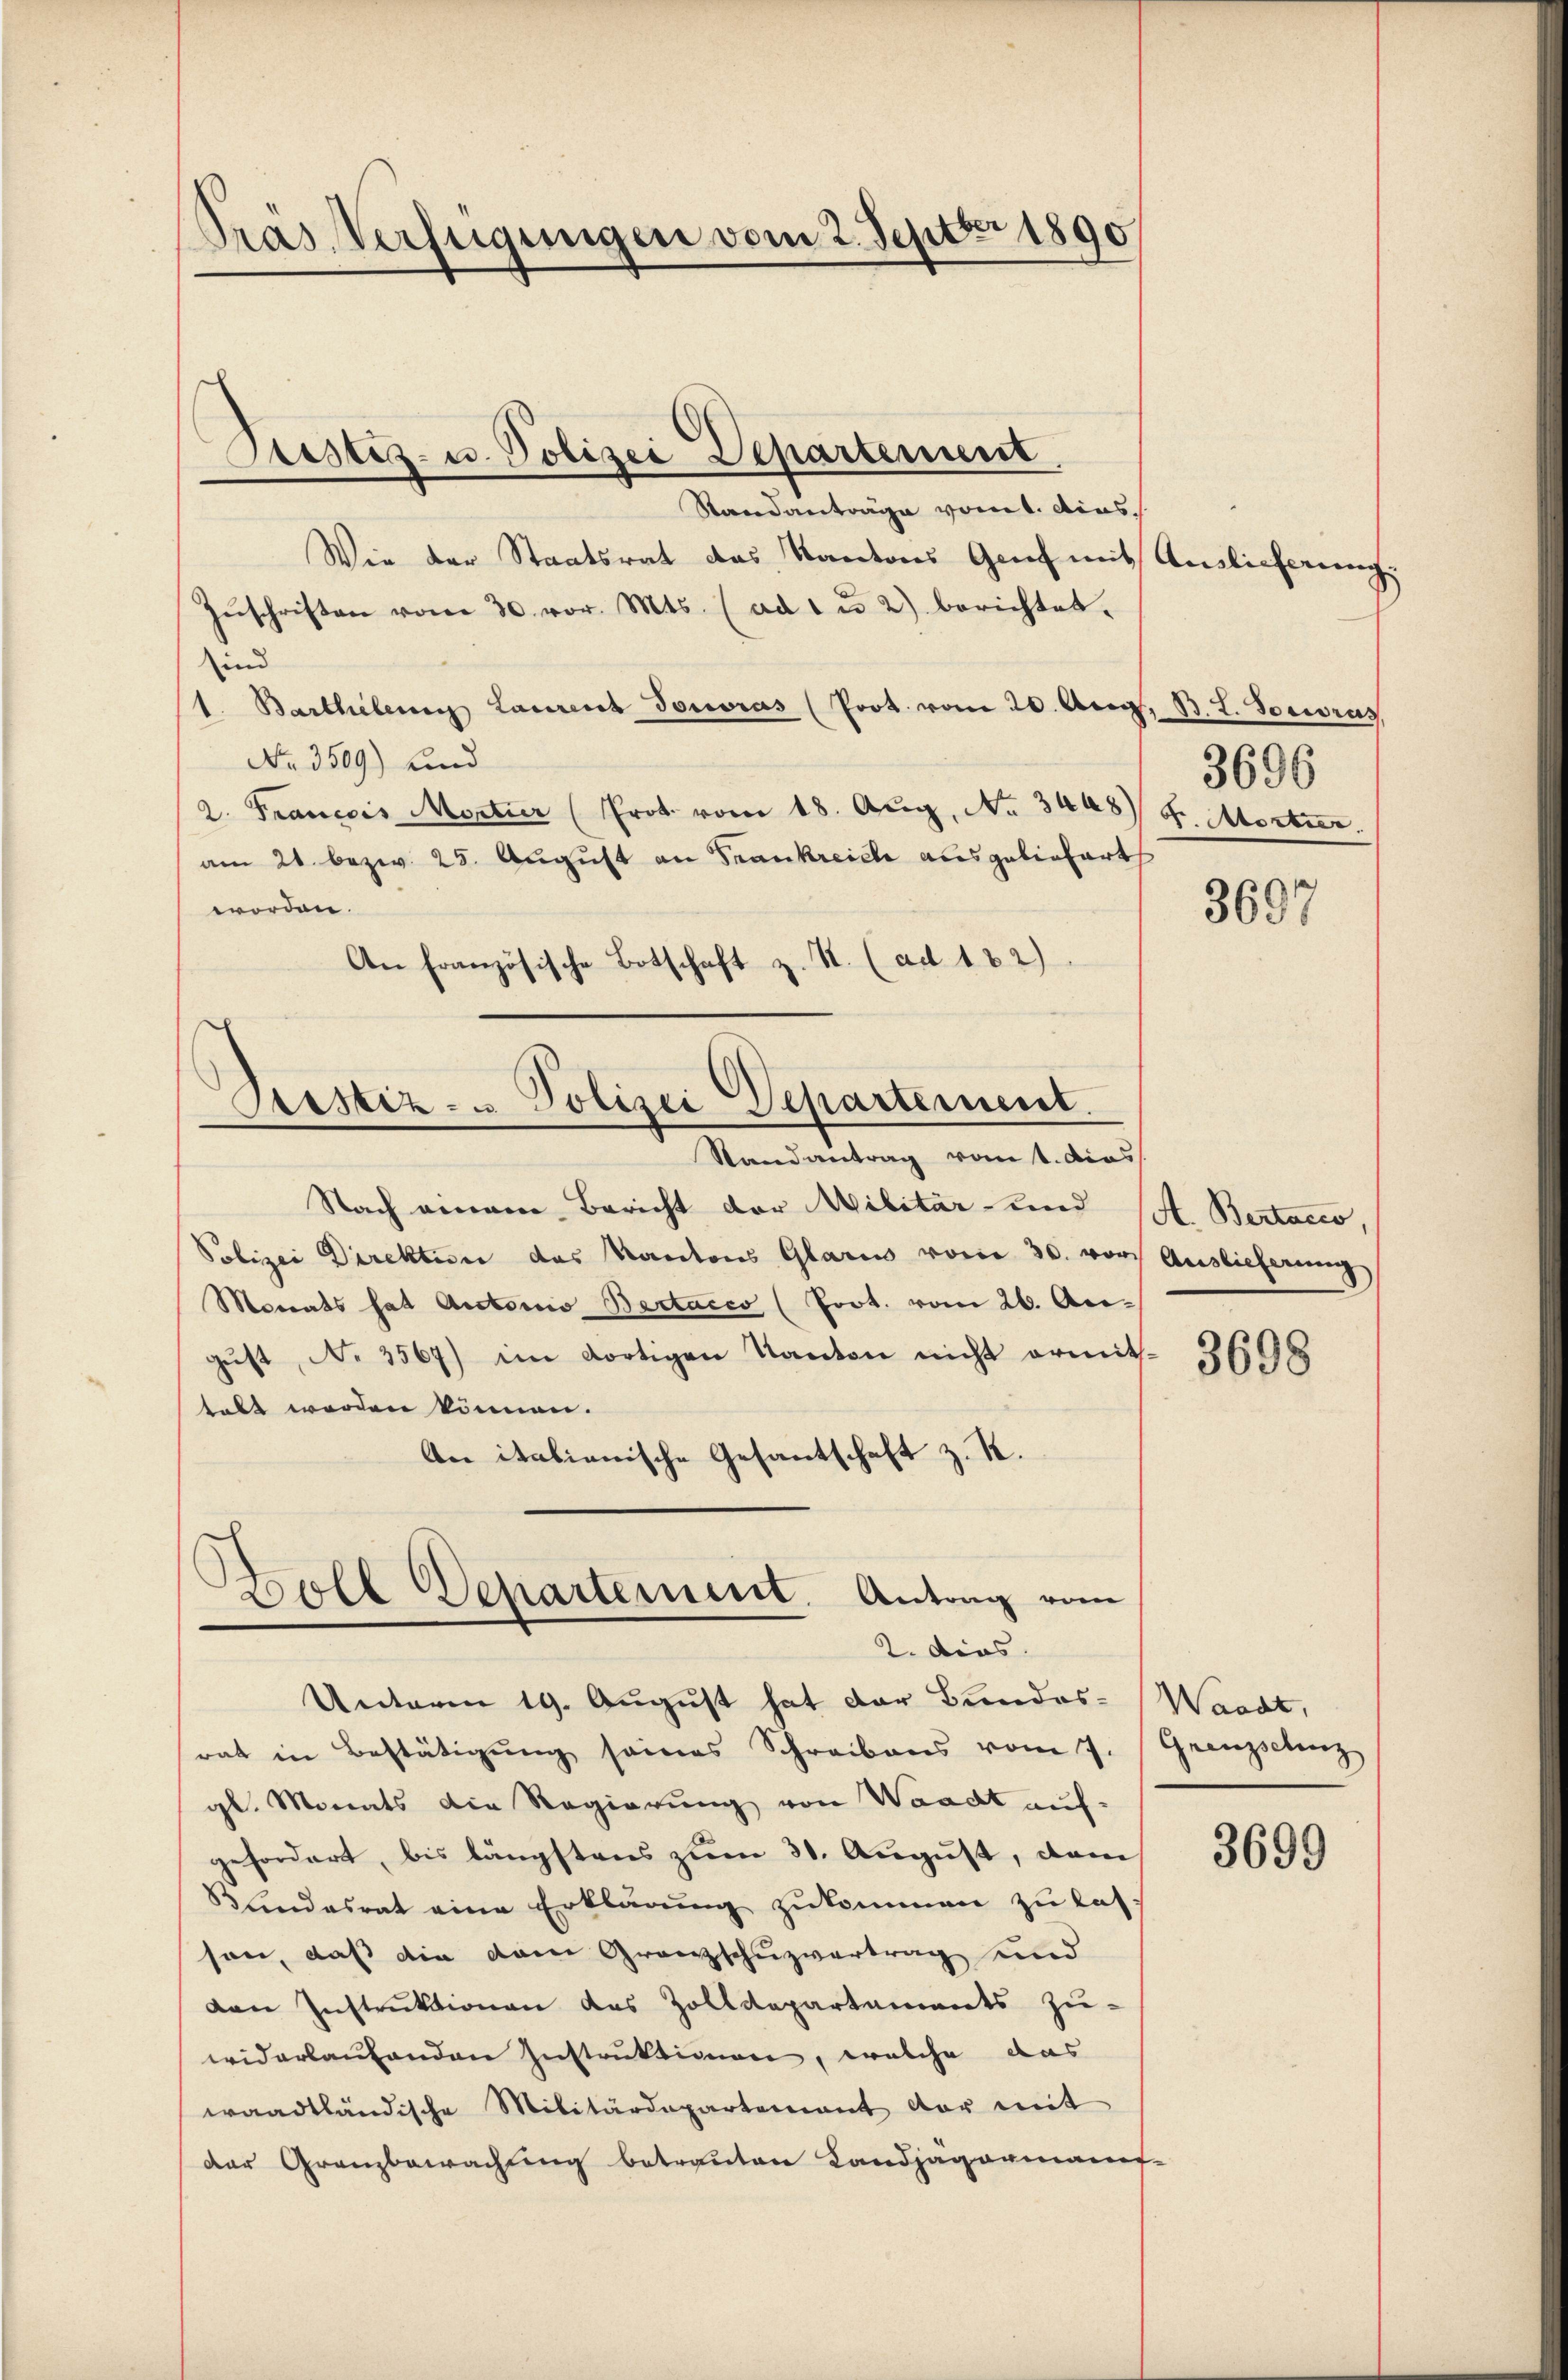
PPras Verfügungen vom 2. Septbr 1890

Wie der Staatsrat das Kantons Genf mit Auslieferung
Zŭschriften vom 30. vor. Mts. (ad 1 u 2) berichtet.
und
1. Barthelern Laurent Jonoras (Prot. vom 20. Aug. B. L. Poesius,
No. 3509) und
2. Francois Montier (Prot. vom 18. Aŭg. No. 3448)
am 21. bezw. 25. August an Frankreiche ausgeliefert
worden.
An französische Botschaft z. S. (ad 122)

Justiz- u. Polizei Departement
Standanträge vom 1. dies

Pristiz- u Polizei Departement.

Stand antrag vom 1. dies
Nach einem Bericht der Militär und
Polizei Direktion des Kantons Glarus vom 20. vor
Monats hat Anstorio Bertacco (Poot. vom 26. Au-
gŭst No 3569) im dortigen Kanton nicht ermitlebt werden können.
An italienische Gesantschaft z. R.

Boll Departement. Antrag vom
2. dies

Unterm 19. August hat der Bundes-Waadt,
rat in Bestätigung seines Schreibens vom 7. Grenzschenz
gl. Monats die Regierung von Waadt auf-
gefordert, bis längstens zum 31. August, dam
Blindesrat eine Erklärung zukommen zu lasson, daß die dem Granzschuzvertrag und
den Instruktionen das Zolldepartements zu-
widerlaufenden Instruktionen, welche das
waadtländische Militärdepartement dar mit
der Granzbewachung betrauten Landjagormanef-

3696
F. Mortier

3697

3698

A. Bertacco,
Auslieferung

3699